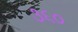
૩૬૦